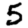
Digit: 5